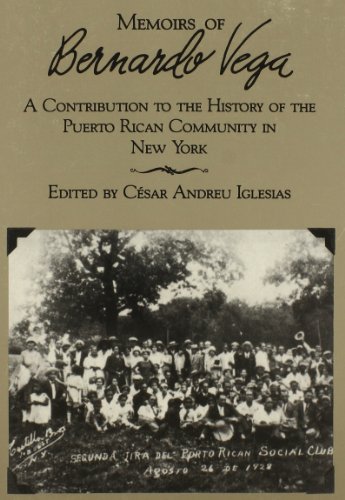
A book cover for Memoirs of Bernardo Vega; Cesar A. Iglesias; Biographies & Memoirs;